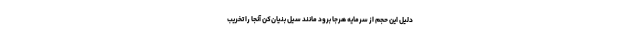
دلیل این حجم از سرمایه هرجا برود مانند سیل بنیان‌کن آنجا را تخریب